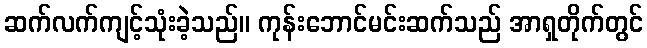
ဆက်လက်ကျင့်သုံးခဲ့သည်။ ကုန်းဘောင်မင်းဆက်သည် အာရှတိုက်တွင်